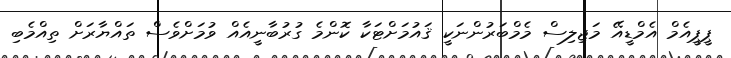
ޕީޕީއެމް އެމްޑީއޭ މަޖިލިސް މެމްބަރުންނަކީ ޤައުމަށްޓަކާ ކޮންމެ ގުރުބާނީއެއް ވުމަށްވެސް ތައްޔާރަށް ތިއްމެބި